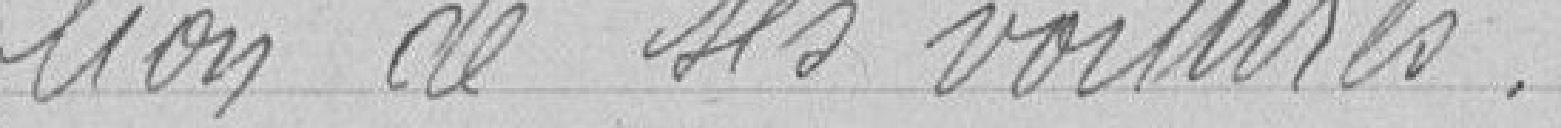
tion de ses voitures .